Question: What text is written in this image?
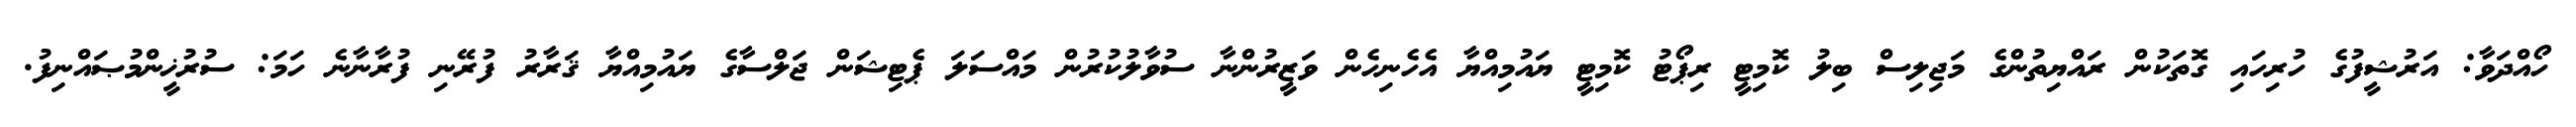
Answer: ހޯއްދަވާ: އަރުޝީފުގެ ހުރިހައި ގޮތަކުން ރައްޔިތުންގެ މަޖިލިސް ބިލު ކޮމިޓީ ރިޕޯޓު ކޮމިޓީ ޔައުމިއްޔާ އެހެނިހެން ވަޒީރުންނާ ސުވާލުކުރުން މައްސަލަ ޕެޓިޝަން ޖަލްސާގެ ޔައުމިއްޔާ ޤަރާރު ފުރޭނި ފުރާނާނެ ހަމަ: ސުރުޚީންމުޞައްނިފު.